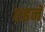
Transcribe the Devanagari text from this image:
रहनॅ